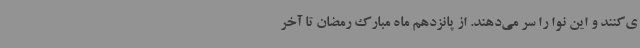
ی‌کنند و این نوا را سر می‌دهند. از پانزدهم ماه مبارک رمضان تا آخر